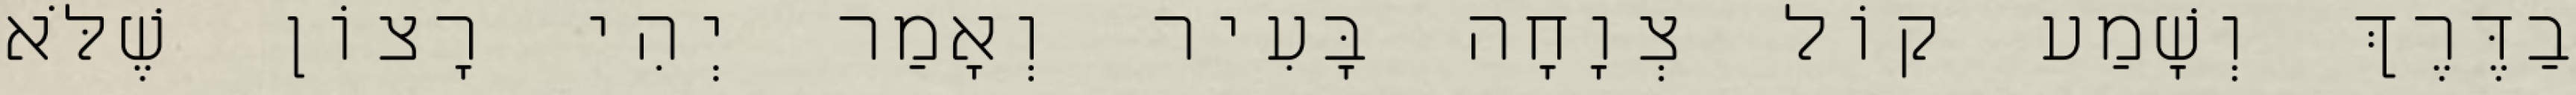
בַדֶּרֶךְ וְשָׁמַע קוֹל צְוָחָה בָּעִיר וְאָמַר יְהִי רָצוֹן שֶׁלֹּא